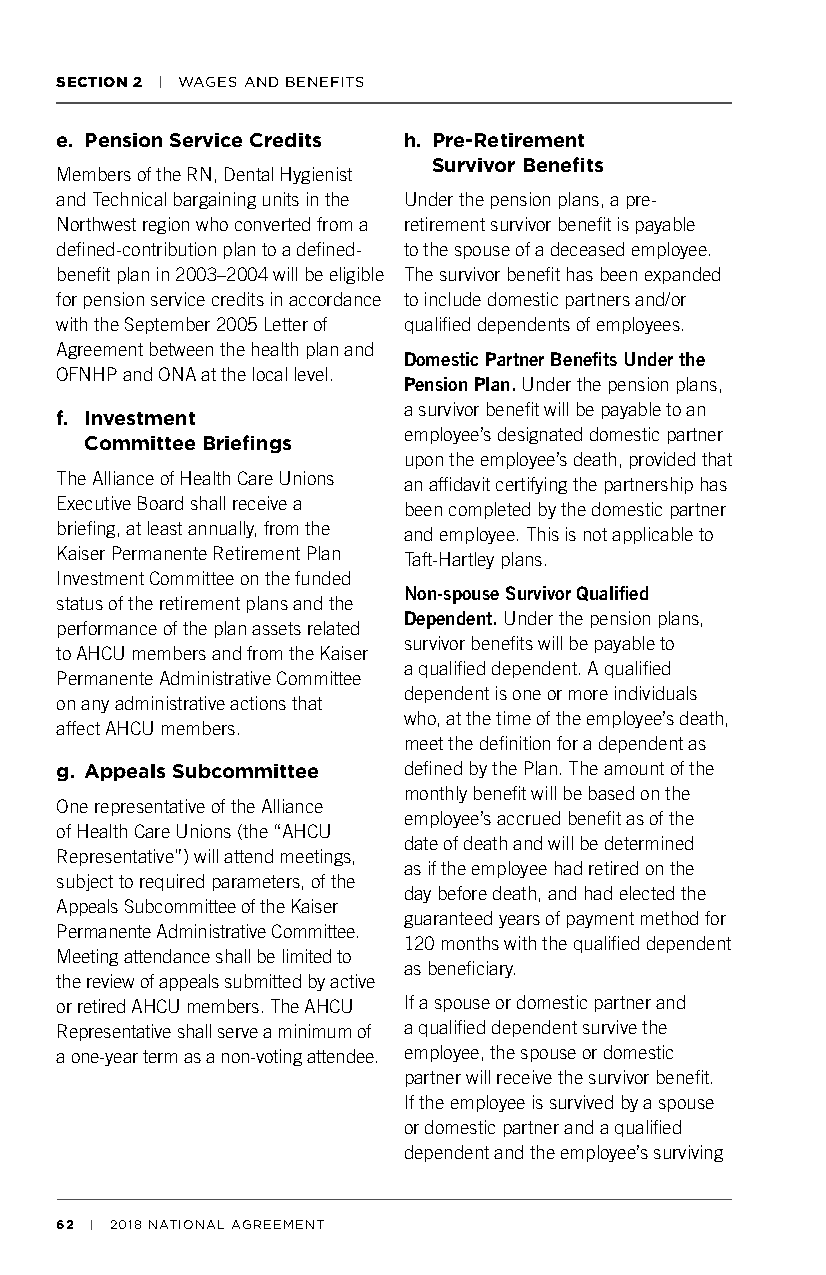
SECTION 2 | WAGES AND BENEFITS
 e. Pension Service Credits h. Pre-Retirement
 Survivor Benefits
 Members of the RN, Dental Hygienist
 and Technical bargaining units in the Under the pension plans, a pre-
 Northwest region who converted from a retirement survivor benefit is payable
 defined-contribution plan to a defined- to the spouse of a deceased employee.
 benefit plan in 2003–2004 will be eligible The survivor benefit has been expanded
 for pension service credits in accordance to include domestic partners and/or
 with the September 2005 Letter of qualified dependents of employees.
 Agreement between the health plan and
 Domestic Partner Benefits Under the
 OFNHP and ONA at the local level.
 Pension Plan. Under the pension plans,
 a survivor benefit will be payable to an
 f. Investment
 employee’s designated domestic partner
 Committee Briefings
 upon the employee’s death, provided that
 The Alliance of Health Care Unions an affidavit certifying the partnership has
 Executive Board shall receive a been completed by the domestic partner
 briefing, at least annually, from the and employee. This is not applicable to
 Kaiser Permanente Retirement Plan Taft-Hartley plans.
 Investment Committee on the funded
 Non-spouse Survivor Qualified
 status of the retirement plans and the
 Dependent. Under the pension plans,
 performance of the plan assets related
 survivor benefits will be payable to
 to AHCU members and from the Kaiser
 a qualified dependent. A qualified
 Permanente Administrative Committee
 dependent is one or more individuals
 on any administrative actions that
 who, at the time of the employee’s death,
 affect AHCU members.
 meet the definition for a dependent as
 g. Appeals Subcommittee defined by the Plan. The amount of the
 monthly benefit will be based on the
 One representative of the Alliance
 employee’s accrued benefit as of the
 of Health Care Unions (the “AHCU
 date of death and will be determined
 Representative”) will attend meetings,
 as if the employee had retired on the
 subject to required parameters, of the
 day before death, and had elected the
 Appeals Subcommittee of the Kaiser
 guaranteed years of payment method for
 Permanente Administrative Committee.
 120 months with the qualified dependent
 Meeting attendance shall be limited to
 as beneficiary.
 the review of appeals submitted by active
 or retired AHCU members. The AHCU If a spouse or domestic partner and
 Representative shall serve a minimum of a qualified dependent survive the
 a one-year term as a non-voting attendee. employee, the spouse or domestic
 partner will receive the survivor benefit.
 If the employee is survived by a spouse
 or domestic partner and a qualified
 dependent and the employee’s surviving
 62 | 2018 NATIONAL AGREEMENT